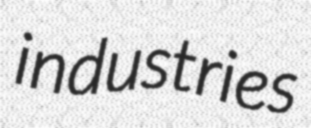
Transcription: industries